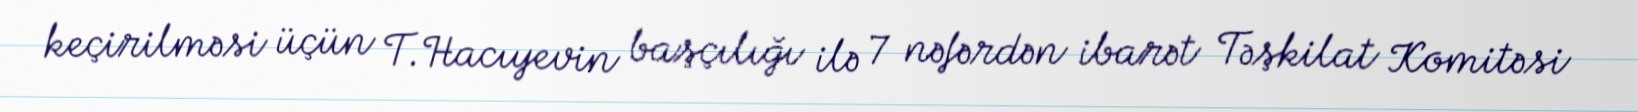
keçirilməsi üçün T.Hacıyevin başçılığı ilə 7 nəfərdən ibarət Təşkilat Komitəsi